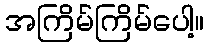
အကြိမ်ကြိမ်ပေါ့။